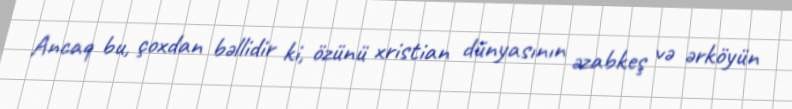
Ancaq bu, çoxdan bəllidir ki, özünü xristian dünyasının əzabkeş və ərköyün